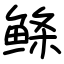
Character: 鲦